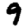
Digit: 9